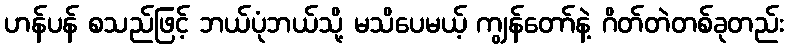
ဟန်ပန် စသည်ဖြင့် ဘယ်ပုံဘယ်သို့ မသိပေမယ့် ကျွန်တော်နဲ့ ဂိတ်တဲတစ်ခုတည်း